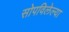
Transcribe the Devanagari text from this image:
सोपविलेल्या